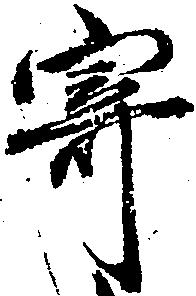
寄